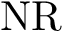
\mathrm { N R }